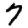
Digit: 7